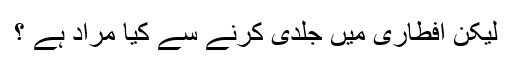
لیکن افطاری میں جلدی کرنے سے کیا مراد ہے ؟